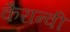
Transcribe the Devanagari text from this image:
कैरान्वी